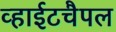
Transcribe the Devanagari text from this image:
व्हाईटचैपल